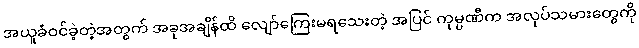
အယူခံဝင်ခဲ့တဲ့အတွက် အခုအချိန်ထိ လျော်ကြေးမရသေးတဲ့ အပြင် ကုမ္ပဏီက အလုပ်သမားတွေကို